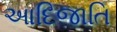
આદિજાતિ